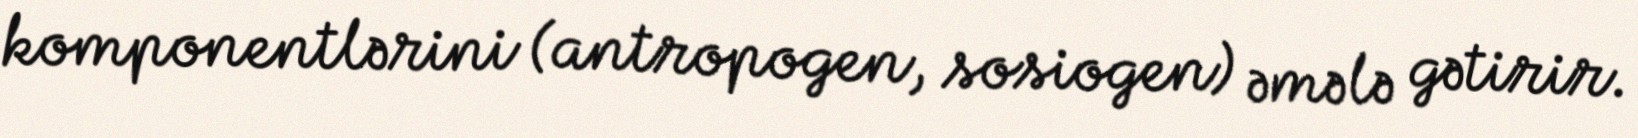
komponentlərini (antropogen, sosiogen) əmələ gətirir.